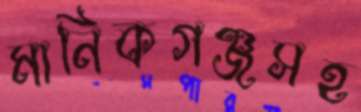
মানিকগঞ্জসহ